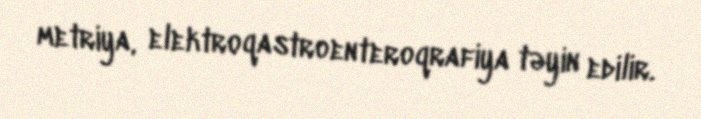
metriya, elektroqastroenteroqrafiya təyin edilir.